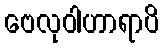
ဗေလုဝါဟာရာပိ